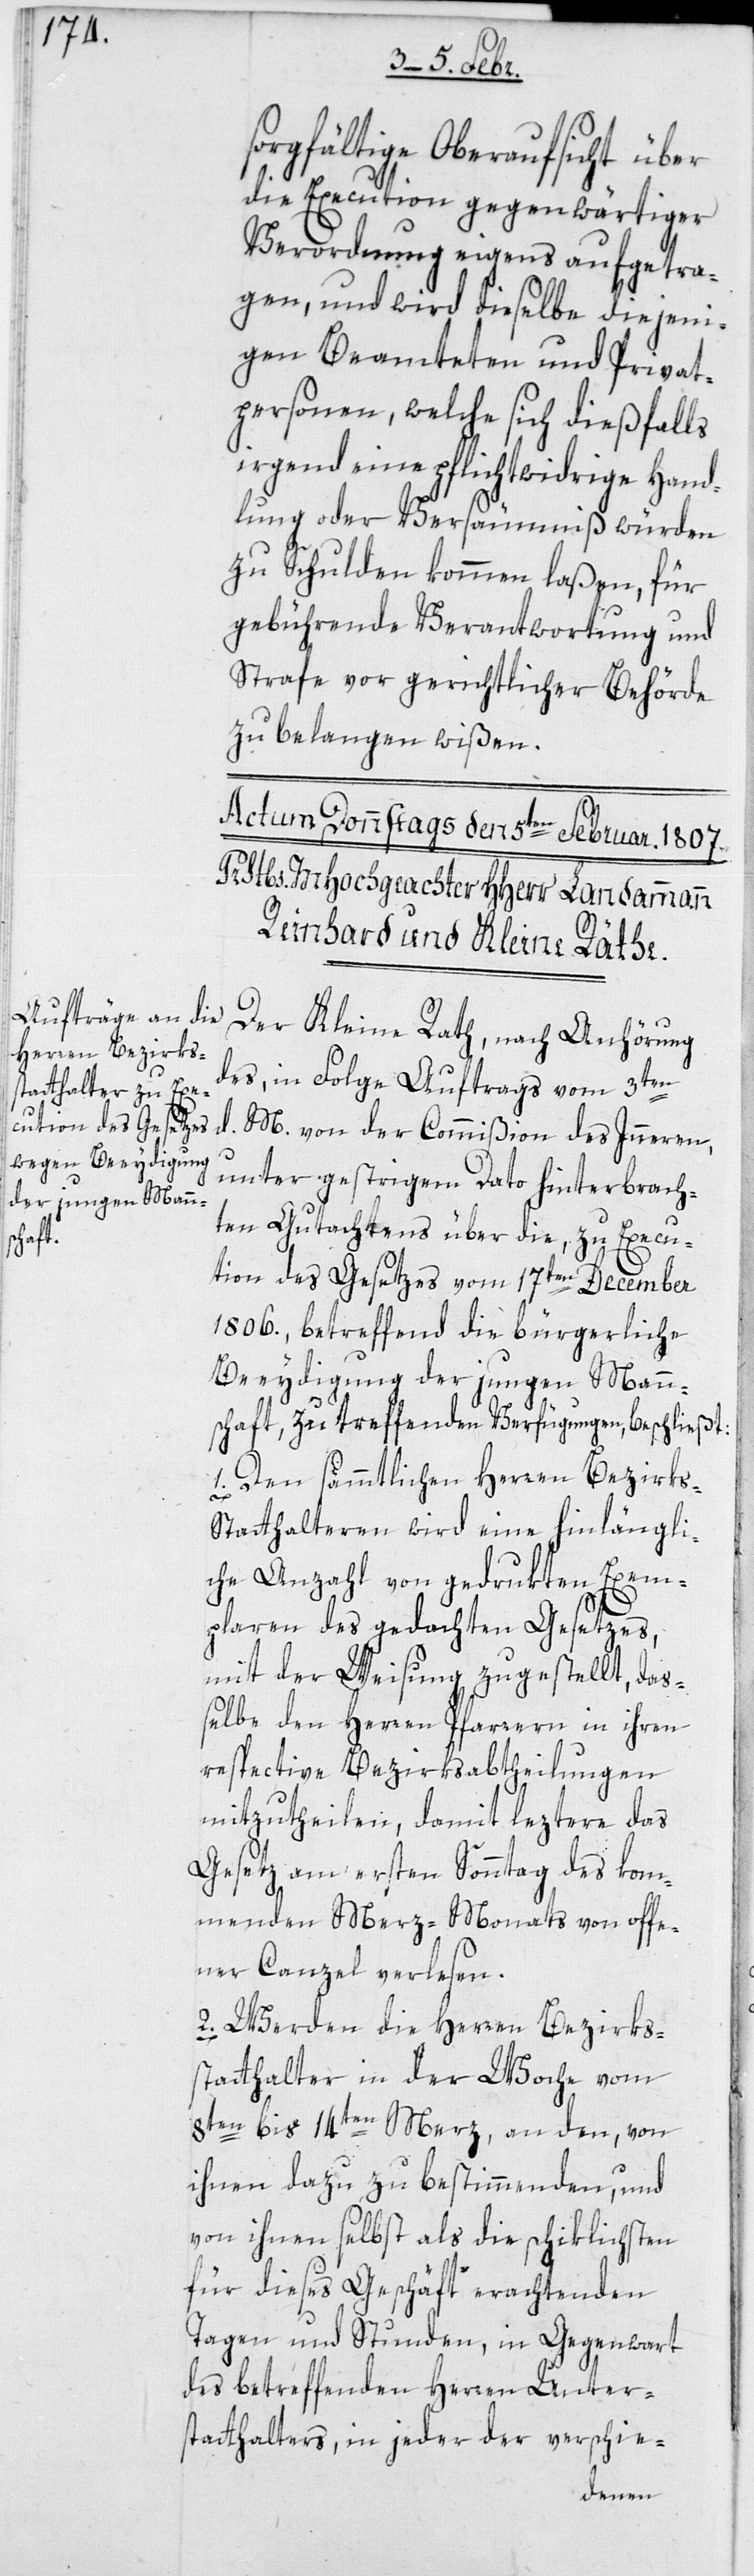
sorgfältige Oberaufsicht über
die Execution gegenwärtiger
Verordnung eigens aufgetra¬
gen, und wird dieselbe diejeni¬
gen Beamteten und Privat¬
personen, welche sich diesfalls
irgend eine pflichtwidrige Hand¬
lung oder Versäumnis würden
zu Schulden kommen laßen, für
gebührende Verantwortung und
Strafe vor gerichtlicher Behörde
zu belangen wißen.
Der Kleine Rath, nach Anhörung
des, in Folge Auftrags vom 3ten
d. M. von der Commißion des Innern
unter gestrigem Dato hinterbrach¬
ten Gutachtens über die, zu Execu¬
tion des Gesetzes vom 17ten December
1806., betreffend die bürgerliche
Beeidigung der jungen Mann¬
schaft, zu treffenden Verfügungen, beschließt:
1. Den sämmtlichen Herren Bezirks-S¬
tatthalteren wird eine hinlängli¬
che Anzahl von gedrukten Exem¬
plaren des gedachten Gesetzes,
mit der Weisung zugestellt, das¬
selbe den Herren Pfarrern in ihren
respective Bezirksabtheilungen
mitzutheilen, damit leztere das
Gesetz am ersten Sonntag des kom¬
menden Merz-Monats von offe¬
ner Canzel verlesen.
2. Werden die Herren Bezirks¬
statthalter in der Woche vom
8ten bis 14ten Merz an den, von
ihnen dazu zu bestimmenden und
von ihnen selbst als die schiklichsten
für dieses Geschäft erachtenden
Tagen und Stunden, in Gegenwart
des betreffenden Herren Unter¬
statthalters, in jeder der verschie-